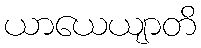
ယာယေယျာတိ